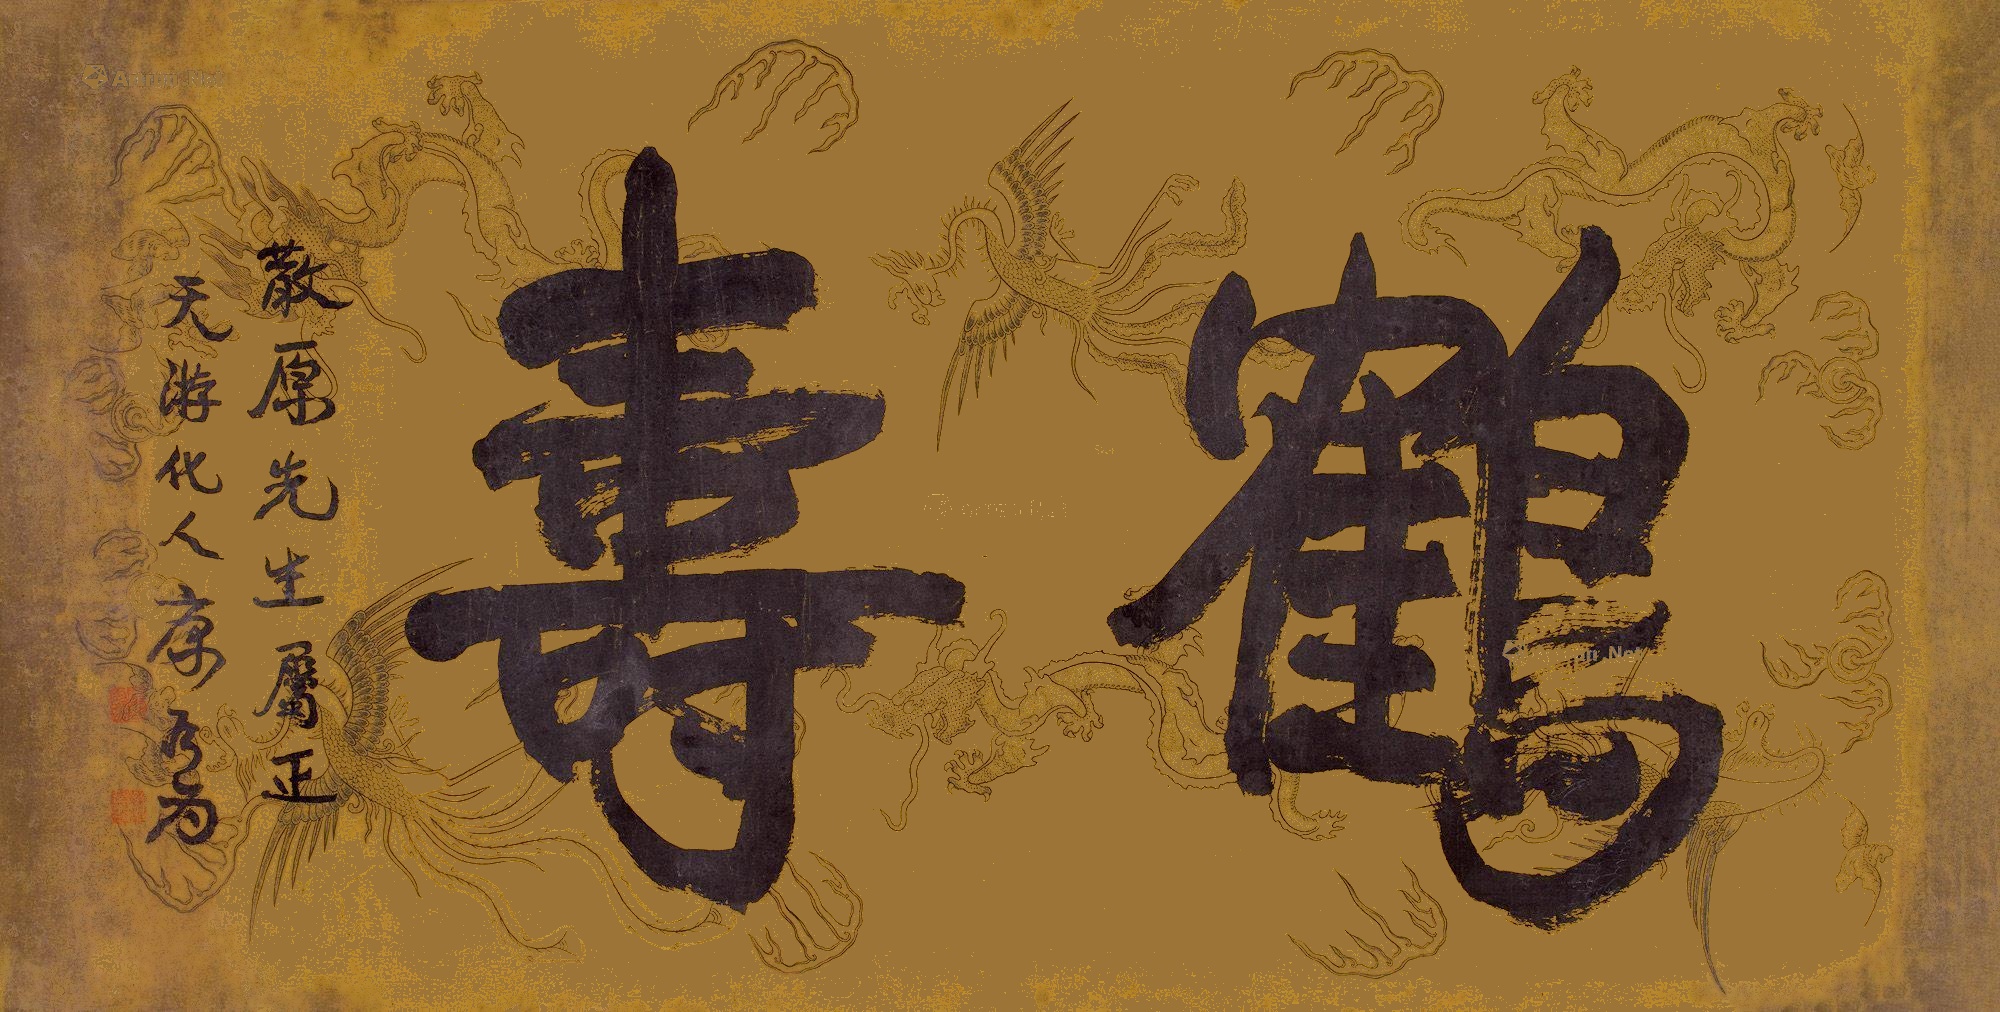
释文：鹤寿。散原先生属正，天游化人康有为。